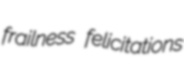
frailness felicitations